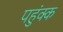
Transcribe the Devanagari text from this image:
पहुंक्क